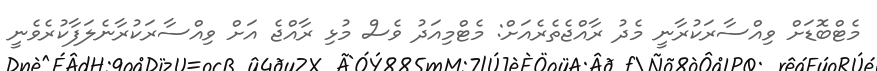
މެޓްބޮޑަށް ވިއްސާރަކުރާނީ މެދު ރާއްޖެތެރެއަށް: މެޓްމިއަދު ވެސް މުޅި ރާއްޖެ އަށް ވިއްސާރަކުރާނެލަފާކުރެވެނީ